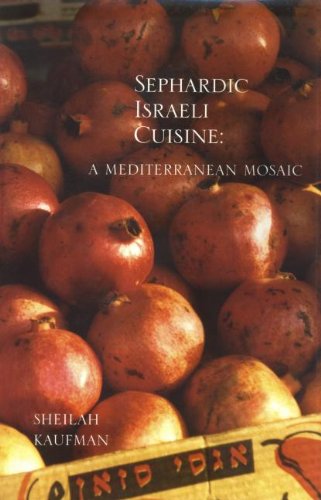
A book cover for Sephardic Israeli Cuisine: A Mediterranean Mosaic (Hippocrene Cookbook Library); Sheilah Kaufman; Cookbooks, Food & Wine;